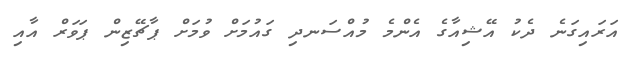
އަރައިގަނެ ދެކު އޭޝިއާގެ އެންމެ މުއްސަނދި ގައުމަށް ވުމަށް ޕާޗޭޒިން ޕަވަރް އާއި